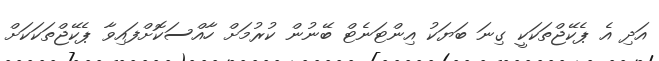
އަދި އެ ޕެކޭޖްތަކަކީ ގިނަ ބަޔަކު އިންޓަނެޓް ބޭނުން ކުރުމަށް ހާއްސަކޮށްފައިވާ ޕެކޭޖްތަކަކަށް